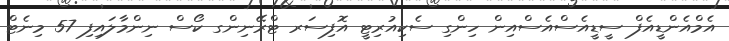
އެމްއެންޑީއެފް ސީޑީއެސްއެސްއިން ހިންގި ސެކިއުރިޓީ އޮފިސަރ ޓްރޭނިންގ ކޯސް ނިންމާލައިފި 57 މިނެޓް